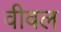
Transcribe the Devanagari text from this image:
वीवल